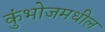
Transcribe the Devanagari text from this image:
कुंभोजमधील